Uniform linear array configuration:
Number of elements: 16
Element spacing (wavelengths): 1
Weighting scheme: hamming
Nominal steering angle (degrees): -45
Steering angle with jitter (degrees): -44.566
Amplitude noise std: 0.05
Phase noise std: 0.05

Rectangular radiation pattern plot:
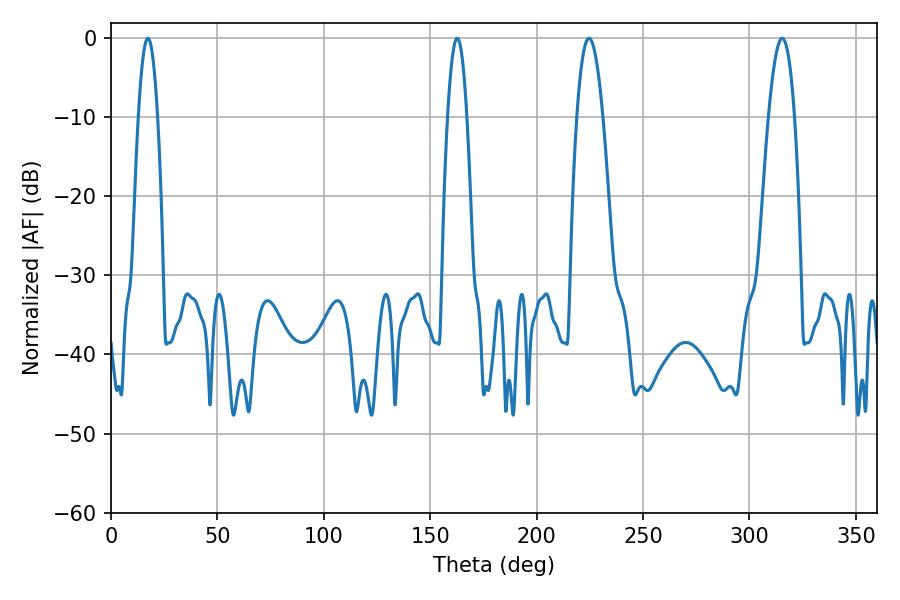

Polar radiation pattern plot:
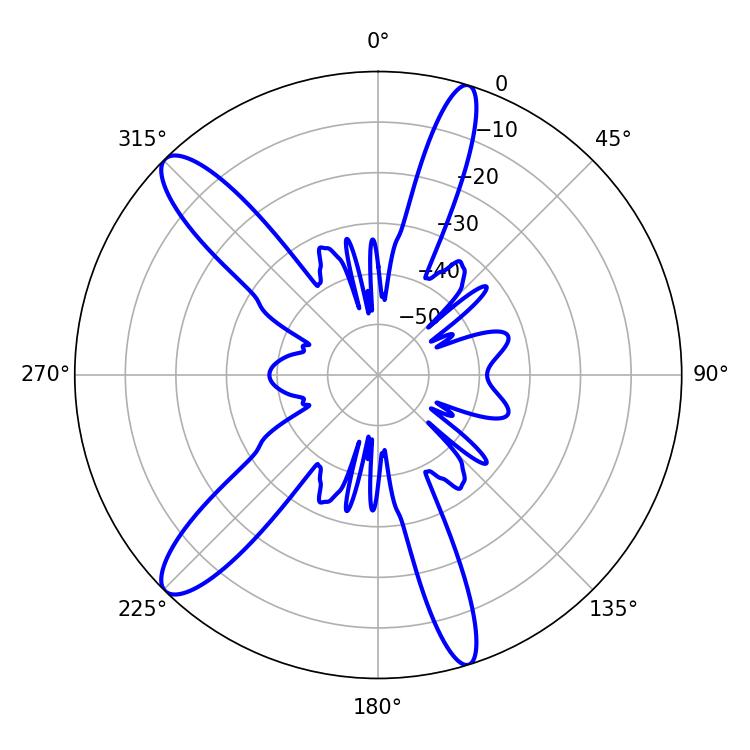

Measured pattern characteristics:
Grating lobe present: TRUE
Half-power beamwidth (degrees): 6.66
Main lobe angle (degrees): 315.36